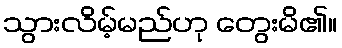
သွားလိမ့်မည်ဟု တွေးမိ၏။